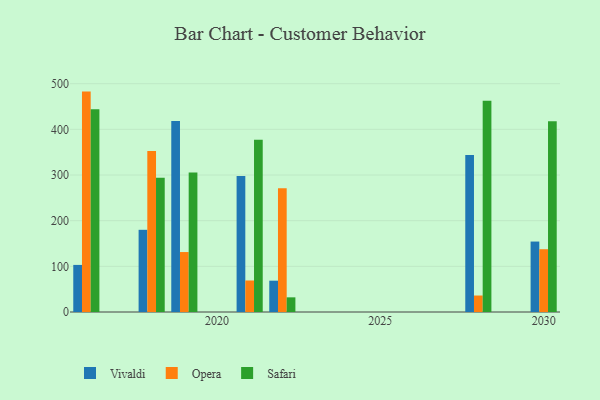
{"axis": {"x": "Year", "y": "Operating Costs (USD K)"}, "legend": ["Opera", "Safari", "Vivaldi"], "data": [{"x": "2022", "y": 68.6, "type": "Vivaldi"}, {"x": "2022", "y": 271.2, "type": "Opera"}, {"x": "2022", "y": 32.1, "type": "Safari"}, {"x": "2030", "y": 154.3, "type": "Vivaldi"}, {"x": "2030", "y": 137.5, "type": "Opera"}, {"x": "2030", "y": 417.9, "type": "Safari"}, {"x": "2019", "y": 418.4, "type": "Vivaldi"}, {"x": "2019", "y": 131.3, "type": "Opera"}, {"x": "2019", "y": 305.6, "type": "Safari"}, {"x": "2021", "y": 297.8, "type": "Vivaldi"}, {"x": "2021", "y": 69.0, "type": "Opera"}, {"x": "2021", "y": 377.4, "type": "Safari"}, {"x": "2016", "y": 103.1, "type": "Vivaldi"}, {"x": "2016", "y": 482.7, "type": "Opera"}, {"x": "2016", "y": 444.2, "type": "Safari"}, {"x": "2018", "y": 180.0, "type": "Vivaldi"}, {"x": "2018", "y": 352.8, "type": "Opera"}, {"x": "2018", "y": 293.9, "type": "Safari"}, {"x": "2028", "y": 343.6, "type": "Vivaldi"}, {"x": "2028", "y": 36.1, "type": "Opera"}, {"x": "2028", "y": 462.8, "type": "Safari"}]}